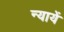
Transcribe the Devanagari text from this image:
न्यायें